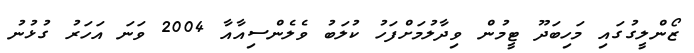
ޒޯންލީގުގައި މަހިބަދޫ ޓީމުން ވިދާލުމަށްފަހު ކުލަބު ވެލެންސިއާއާ 2004 ވަނަ އަހަރު ގުޅުނު